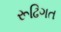
રૂઢિગત